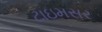
ટાઇમસર